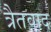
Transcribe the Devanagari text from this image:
त्रैतवाद